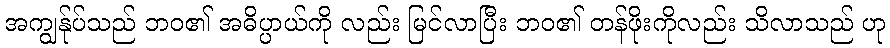
အကျွန်ုပ်သည် ဘဝ၏ အဓိပ္ပာယ်ကို လည်း မြင်လာပြီး ဘဝ၏ တန်ဖိုးကိုလည်း သိလာသည် ဟု